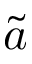
\tilde { a }